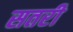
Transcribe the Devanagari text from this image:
सतरी